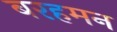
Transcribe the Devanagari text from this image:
बरहमन